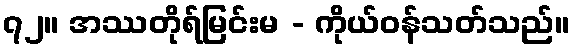
၇၂။ အဿတိုရ်မြင်းမ - ကိုယ်ဝန်သတ်သည်။